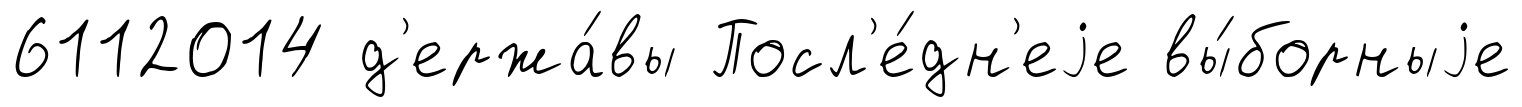
6112014 д'ержа́вы Посл'е́дн'еjе вы́борныjе